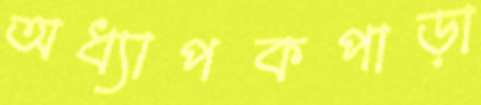
অধ্যাপকপাড়া